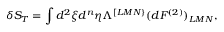
\delta S _ { T } = \int d ^ { 2 } \xi d ^ { n } \eta \Lambda ^ { [ L M N \} } ( d { \cal F } ^ { ( 2 ) } ) _ { L M N } ,